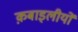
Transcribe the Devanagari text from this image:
क़बाइलीयों